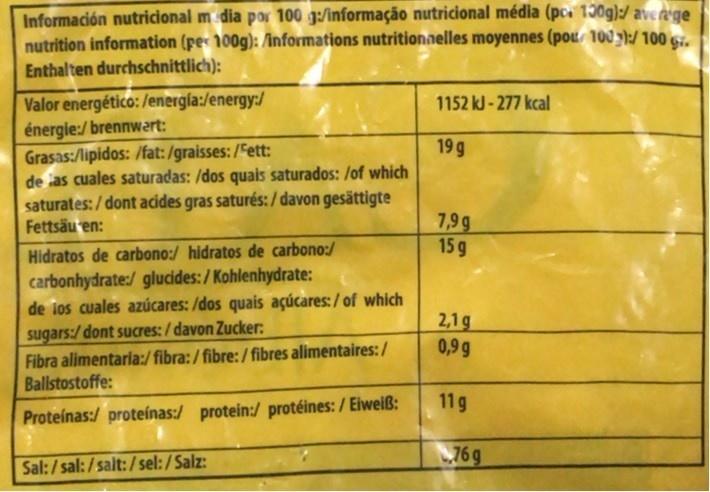
Información nutricional m dia por 100 g:/informação nutricional média (pc. 130g):/ averege nutrition information (pe 100g): /informations nutritionnelles moyennes (pou 100 ):/ 100 6r. Enthalten durchschnittlich):
Valor energético: /energía:/energy:/ énergie:/ brennwert: Grasas:/lipidos: /fat: /graisses: /Fett: de as cuales saturadas: /dos quais saturados: /of which saturates: / dont acides gras saturés: / davon gesättigte Fettsäu en:
1152 kJ-277 kcal
19 g
7,9g 15 g
Hidratos de carbono:/ hidratos de carbono:/
carbonhydrate:/ glucides:/ Kohlenhydrate: de los cuales azúcares: /dos quais açúcares: / of which sugars:/ dont sucres:/ davon Zucker: Fibra alimentaria:/ fibra:/ fibre:/ fibres alimentaires:/ Ballstostoffe:
2,1g 0,9 g
11g
Proteinas:/ proteínas:/ protein:/ protéines: / Elweiß:
76g
Sal:/sal: /salt:/sel:/ Salz: